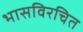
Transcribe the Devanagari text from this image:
भासविरचित